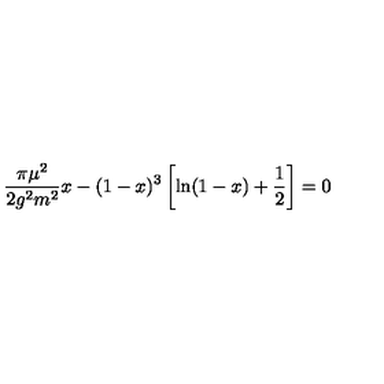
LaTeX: \frac { \pi \mu ^ { 2 } } { 2 g ^ { 2 } m ^ { 2 } } x - ( 1 - x ) ^ { 3 } \left[ \ln ( 1 - x ) + \frac { 1 } { 2 } \right] = 0